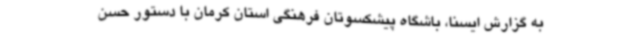
به گزارش ایسنا، باشگاه پیشکسوتان فرهنگی استان کرمان با دستور حسن